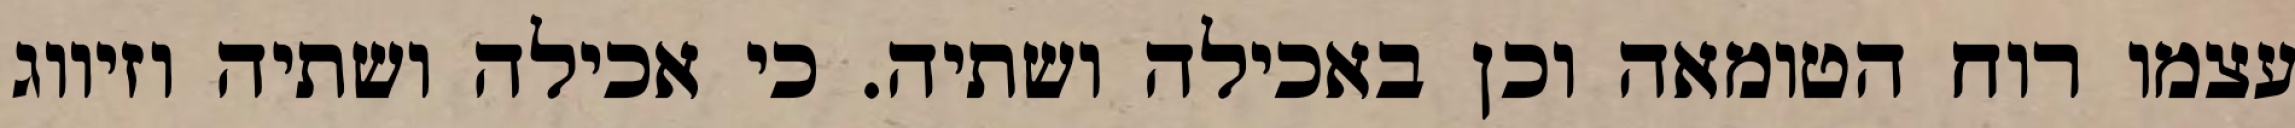
עצמו רוח הטומאה וכן באכילה ושתיה. כי אכילה ושתיה וזיווג